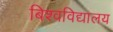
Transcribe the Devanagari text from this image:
बिश्वविद्यालय